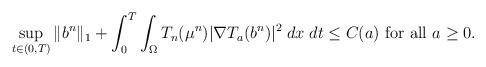
LaTeX: \begin{align*}\sup_{t\in (0,T)} \|b^n\|_1 + \int_0^T \int_{\Omega} T_n(\mu^n) |\nabla T_a (b^n)|^2\; dx \; dt \le C(a) \textrm{ for all } a\ge 0.\end{align*}